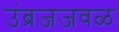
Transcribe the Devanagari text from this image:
उंब्रजजवळ